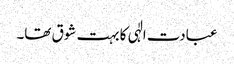
عبادت الٰہی کا بہت شوق تھا۔